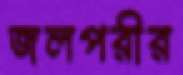
জলপরীর